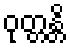
ဝုတ္တန္တိ